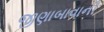
જીણાબાવાની